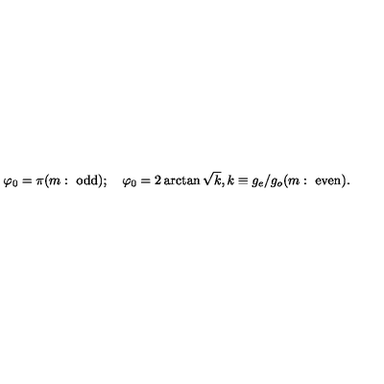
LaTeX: \varphi _ { 0 } = \pi ( m : \ \mathrm { o d d } ) ; \quad \varphi _ { 0 } = 2 \arctan \sqrt { k } , k \equiv g _ { e } / { g _ { o } } ( m : \ \mathrm { e v e n } ) .